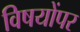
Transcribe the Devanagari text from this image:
विषयोंपर